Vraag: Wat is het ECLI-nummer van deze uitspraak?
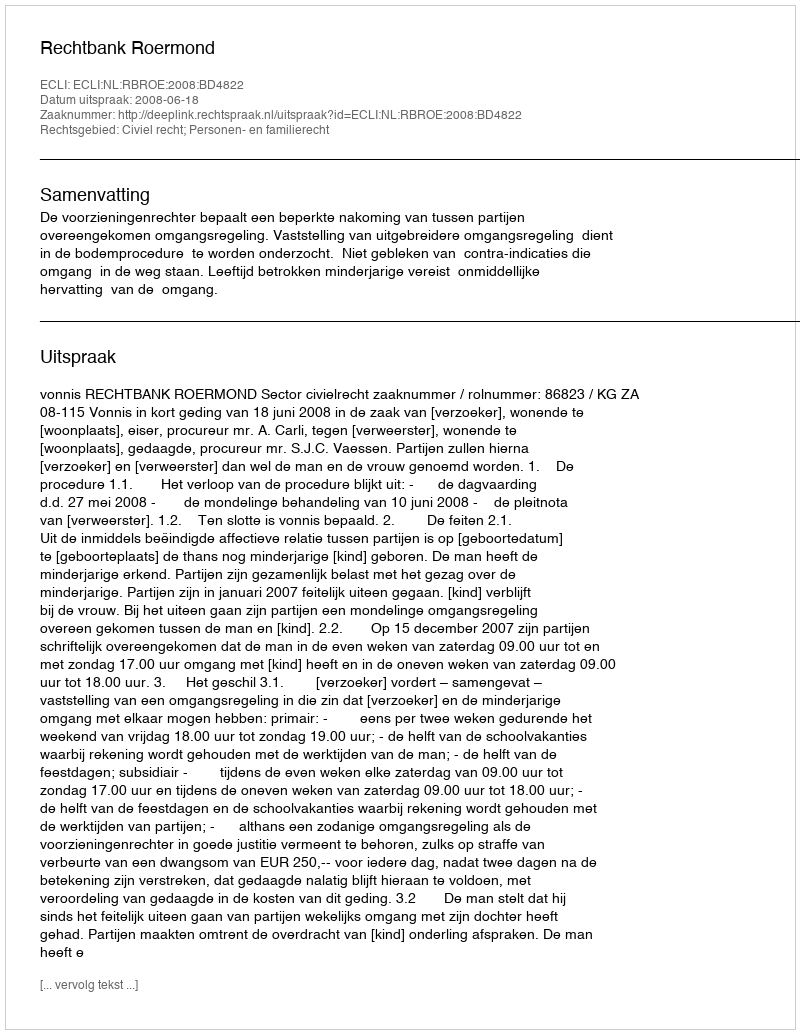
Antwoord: ECLI:NL:RBROE:2008:BD4822